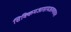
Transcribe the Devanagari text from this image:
सिक्किमआसामअरुणाचल